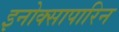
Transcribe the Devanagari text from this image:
इनोक्सापारिन